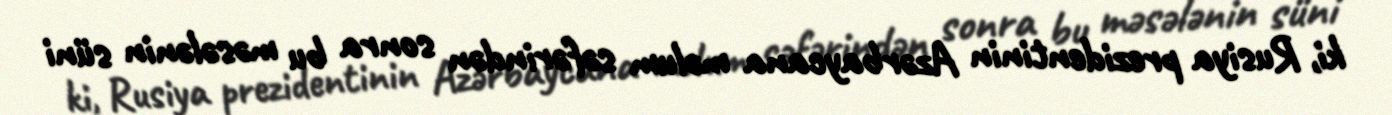
ki, Rusiya prezidentinin Azərbaycana məlum səfərindən sonra bu məsələnin süni